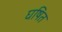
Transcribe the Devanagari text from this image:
घषित